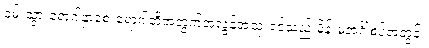
ဝမ်းသွားရောဂါနှာစေးရောဂါတို့အတွက်အလွန်အသုံးဝင်သည် မိန်းမအင်္ဂါစပ်အတွင်း